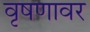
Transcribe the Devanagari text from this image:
वृषणावर